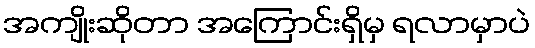
အကျိုးဆိုတာ အကြောင်းရှိမှ ရလာမှာပဲ